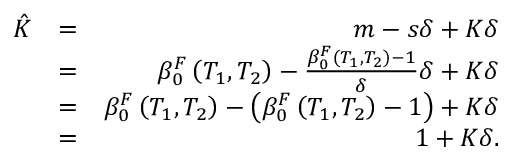
\begin{array} { r l r } { \hat { K } } & { = } & { m - s \delta + K \delta } \\ & { = } & { \beta _ { 0 } ^ { F } \left( T _ { 1 } , T _ { 2 } \right) - \frac { \beta _ { 0 } ^ { F } \left( T _ { 1 } , T _ { 2 } \right) - 1 } { \delta } \delta + K \delta } \\ & { = } & { \beta _ { 0 } ^ { F } \left( T _ { 1 } , T _ { 2 } \right) - \left( \beta _ { 0 } ^ { F } \left( T _ { 1 } , T _ { 2 } \right) - 1 \right) + K \delta } \\ & { = } & { 1 + K \delta . } \end{array}